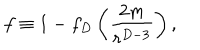
LaTeX: f \equiv 1 - f _ { D } \left( { \frac { 2 m } { r ^ { D - 3 } } } \right) ,